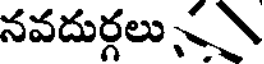
నవదుర్గలు